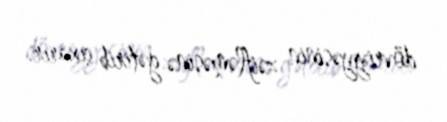
dövriyyəsinin zəifləməsinə gətirib çıxarır.